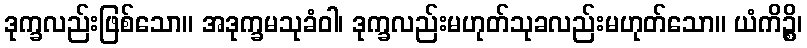
ဒုက္ခလည်းဖြစ်သော။ အဒုက္ခမသုခံဝါ၊ ဒုက္ခလည်းမဟုတ်သုခလည်းမဟုတ်သော။ ယံကိဉ္စိ၊